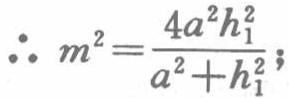
\(\therefore m^{2}=\frac{4a^{2}h_{1}^{2}}{a^{2}+h_{1}^{2}};\)